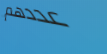
عددهم